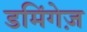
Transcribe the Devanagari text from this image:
डमिंगेज़